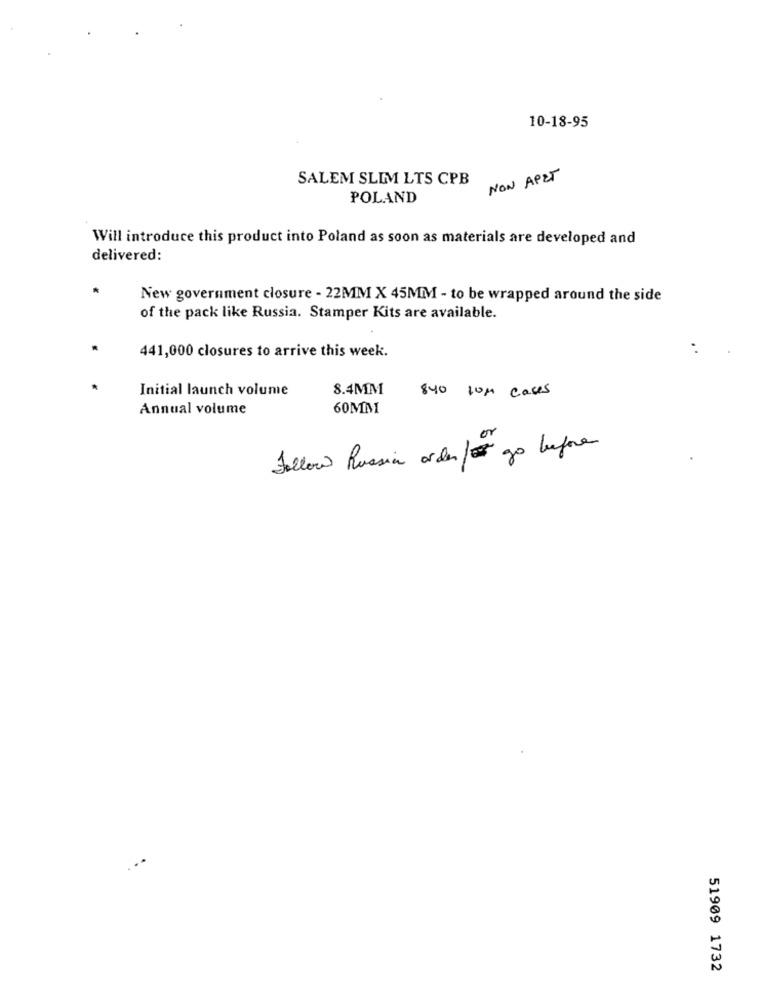
10-18-95
SALEM SLIM LTS CPB
NON APET
POLAND
Will introduce this product into Poland as soon as materials are developed and
delivered:
New government closure - 22MM X 45MM - to be wrapped around the side
of the pack like Russia. Stamper Kits are available.
. .
441,000 closures to arrive this week.
Initial launch volume
8.4MM
840 10m cases
Annual volume
60MM
Follow Russia arden/ go before
51909 1732